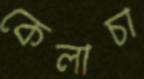
কেলাচা